system: You are a helpful assistant.
user:
Analyze the provided spectrum to determine if it is a **"Cataclysmic Variables (CV)"**.

- **Key Indicators for CV (Check for either state):**
    - **State 1: Quiescent / Low-State (Emission-Dominated)**
        - **(Primary):** Strong and *very broad* Hydrogen Balmer emission lines (e.g., $H\alpha$ at 6563 Å, $H\beta$ at 4861 Å). The 'broadness' (high velocity dispersion, often FWHM > 1000 km/s) is the key diagnostic, indicating a high-velocity accretion disk.
        - **(Secondary):** Broad neutral Helium (He I) emission lines (e.g., 5876 Å, 6678 Å).
        - **(Key Confirmation):** Presence of high-excitation *ionized* Helium (He II) emission at 4686 Å. This is a strong indicator of accretion onto a white dwarf.
        - **(Line Profile):** Emission lines may exhibit a 'double-peaked' profile, which is a classic signature of a rotating accretion disk viewed at high inclination.

    - **State 2: Outburst / High-State (Absorption-Dominated)**
        - **(Primary):** Spectrum is dominated by a bright, blue continuum (looks like a hot star).
        - **(Secondary):** The emission lines from State 1 are weak, absent, or 'filled in', and are replaced by broad, shallow *absorption* lines (primarily Balmer and He I).
        - **(Morphology):** The overall spectrum mimics a hot B/A-type star. The crucial difference is that the absorption lines are significantly broader, shallower, and more 'washed-out' (or 'smeared') than the sharp lines of a normal stellar photosphere, due to high rotational speeds and pressure broadening in the disk.

Think first, call **spectral_visualization_tool** if needed to examine features in detail, then provide your final answer. Your response must adhere to the following strict rules:
1.  **Overall Structure:** Your response must follow the format `<think>...</think> <tool_call>...</tool_call> (if a tool is used) <answer>...</answer>`.
2.  **Tool Usage Constraint:** You may only make **one** tool call per turn.
3.  **Final Answer Format:** In the `<answer>` tag, your conclusion must be inside a `\boxed{}` command (e.g., `\boxed{YES}`), followed by your justification.

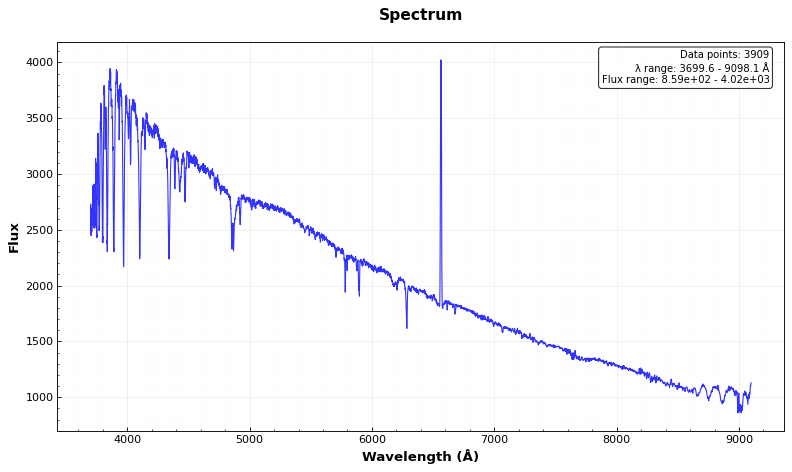
Answer: NO